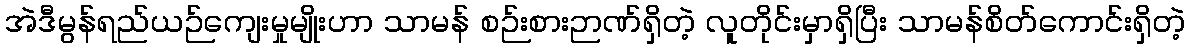
အဲဒီမွန်ရည်ယဉ်ကျေးမှုမျိုးဟာ သာမန် စဉ်းစားဉာဏ်ရှိတဲ့ လူတိုင်းမှာရှိပြီး သာမန်စိတ်ကောင်းရှိတဲ့